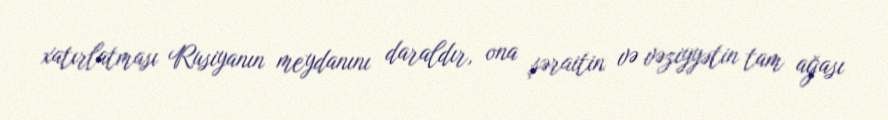
xatırlatması Rusiyanın meydanını daraldır, ona şəraitin və vəziyyətin tam ağası